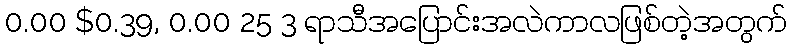
0.00 $0.39, 0.00 25 3 ရာသီအပြောင်းအလဲကာလဖြစ်တဲ့အတွက်